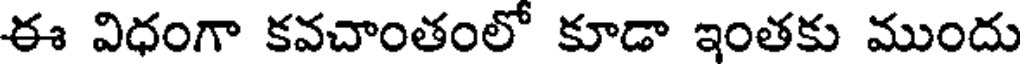
ఈ విధంగా కవచాంతంలో కూడా ఇంతకు ముందు